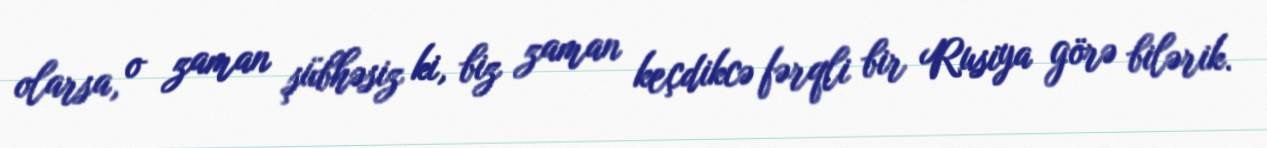
olarsa, o zaman şübhəsiz ki, biz zaman keçdikcə fərqli bir Rusiya görə bilərik.